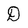
Character: D